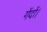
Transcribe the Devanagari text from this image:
गेंदों।